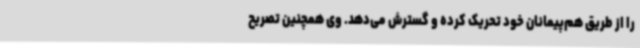
را از طریق هم‌پیمانان خود تحریک کرده و گسترش می‌دهد. وی همچنین تصریح